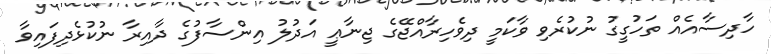
ހާދިސާއެއް ތަހުގީގު ނުކުރެވި ވާކަމީ ދިވެހިރާއްޖޭގެ ޖިނާޢީ އަދުލު އިންސާފުގެ ދާއިރާ ނުކުޅެދިފައިވާ